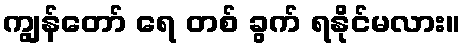
ကျွန်တော် ရေ တစ် ခွက် ရနိုင်မလား။